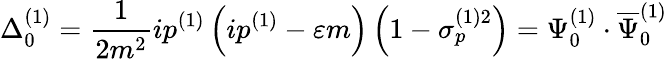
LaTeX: \Delta_{0}^{(1)}=\frac 1{2m^{2}}ip^{(1)}\left(ip^{(1)}-\varepsilon m\right)\left(1-\sigma_{p}^{(1)2}\right)=\Psi_{0}^{(1)}\cdot\overline{{{\Psi}}}_{0}^{(1)}